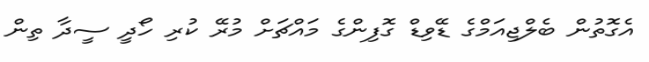
އެގޮތުން ބެލްޖިއަމްގެ ޑޭވިޑް ގޮފިންގެ މައްޗަށް މުރޭ ކުރި ހޯދީ ސީދާ ތިން